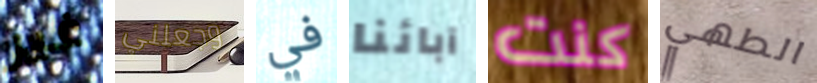
غير وجعلني في آبائنا كنت الطهي